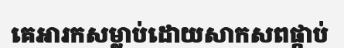
គេអារកសម្លាប់ដោយសាកសពផ្កាប់